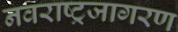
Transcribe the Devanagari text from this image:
नवराष्ट्रजागरण